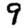
Digit: 9